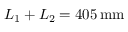
L _ { 1 } + L _ { 2 } = 4 0 5 \, \mathrm { m m }